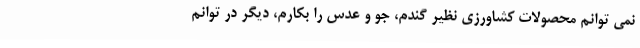
نمی توانم محصولات کشاورزی نظیر گندم، جو و عدس را بکارم، دیگر در توانم